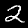
Digit: 2